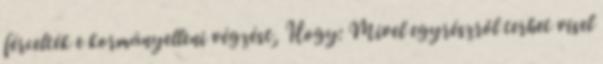
fércelték e kormányelleni végzést, Hogy: Mivel egyrészről terhet visel